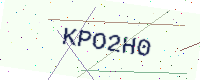
Text: KPO2H0